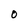
Character: O